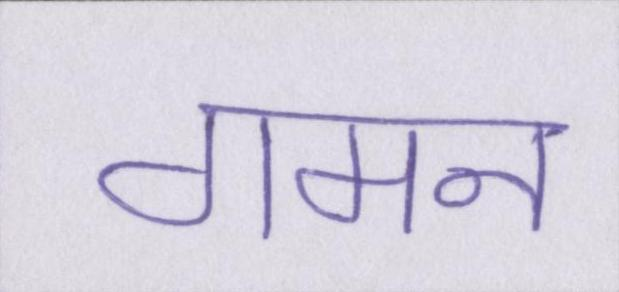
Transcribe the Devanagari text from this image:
गमन